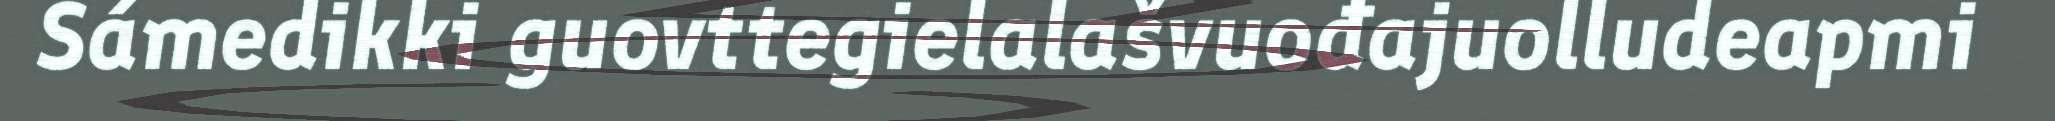
Sámedikki guovttegielalašvuođajuolludeapmi